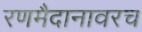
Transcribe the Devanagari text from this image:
रणमैदानावरच